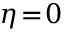
\eta \! = \! 0